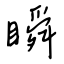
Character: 瞬